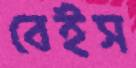
বেইস